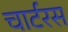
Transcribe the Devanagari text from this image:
चार्टरस